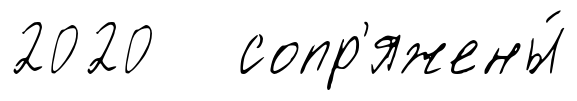
2020 сопр'яжены́